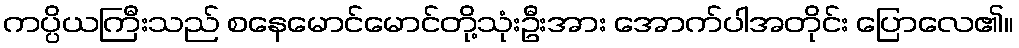
ကပ္ပိယကြီးသည် စနေမောင်မောင်တို့သုံးဦးအား အောက်ပါအတိုင်း ပြောလေ၏။